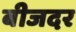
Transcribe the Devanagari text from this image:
बीजदर